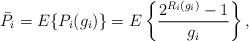
LaTeX: \begin{align*} \bar{P}_i = E\{P_i(g_i)\}= E\left\{ \frac{2^{R_i(g_i)}-1}{g_i} \right\}, \end{align*}